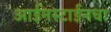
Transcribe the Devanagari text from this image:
आईनस्टाईनचा